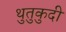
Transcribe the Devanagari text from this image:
थुतुकुदी